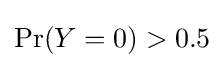
\Pr(Y=0)>0.5